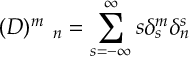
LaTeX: ( D ) _ { \quad n } ^ { m } = \sum _ { s = - \infty } ^ { \infty } s \delta _ { s } ^ { m } \delta _ { n } ^ { s }